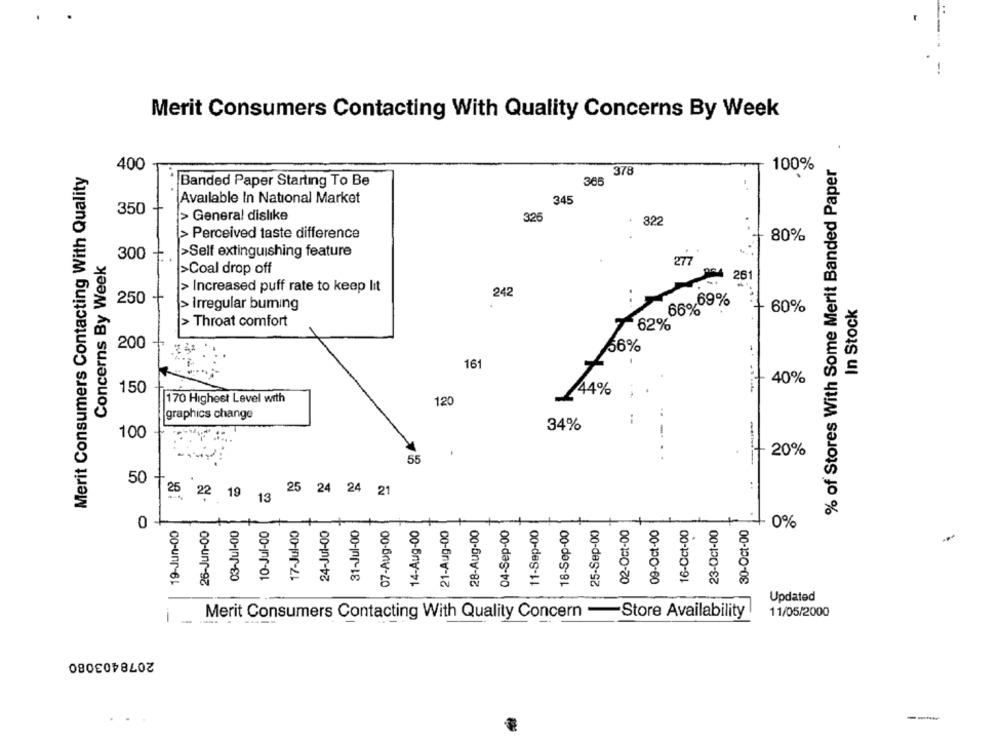
Merit Consumers Contacting With Quality Concerns By Week
% of Stores With Some Merit Banded Paper
Merit Consumers Contacting With Quality
400
378
100%
Banded Paper Starting To Be
365
Available In National Market
345
350
+
> General dislike
325
322
> Perceived taste difference
80%
Concerns By Week
300 .
>Self extinguishing feature
277
>Coal drop off
261
> Increased puff rate to keep lit
242
250 -
66 09%
In Stock
> Irregular buming
- 60%
> Throat comfort
62%
200
56%
161
40%
150
44%
170 Highest Level with
120
graphics change
8
34%
20%
55
50
25 22 19 13
25 24 24 21
0
19-Jun-00
26-Jun-00
03-Jul-00
10-Jul-00
17-Jul-00
24-Jul-00
31-Jul-00
07-Aug-00
14-Aug-00
21-Aug-00
28-Aug-00
04-Sep-00
11-Sep-00
18-Sep-00
25-Sep-00
02-Oct-00
09-Oct-00
16-Oct-00
23-Oct-00
30-Oct-00
0%
Updated
Merit Consumers Contacting With Quality Concern -Store Availability
11/05/2000
1
2078403080
---